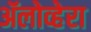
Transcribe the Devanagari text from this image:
ॲलोव्हेरा